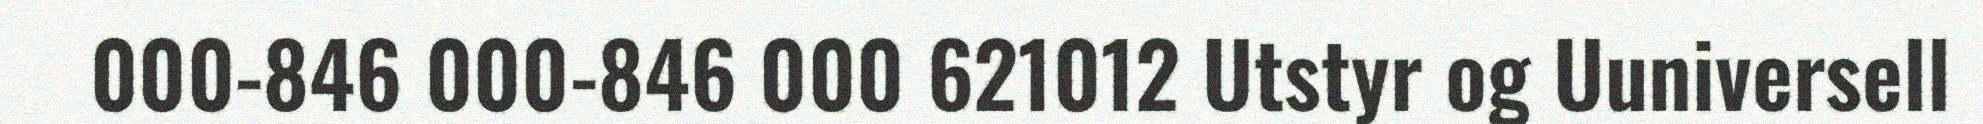
000-846 000-846 000 621012 Utstyr og Uuniversell